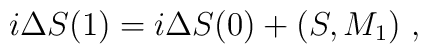
i\Delta S(1)=i\Delta S(0)+(S,M_1)\ ,